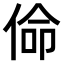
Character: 𠊈